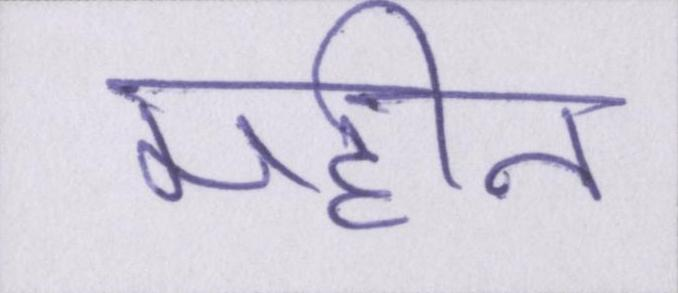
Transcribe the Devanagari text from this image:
महीन